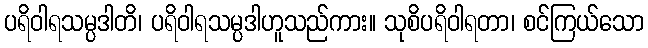
ပရိဝါရသမ္ပဒါတိ၊ ပရိဝါရသမ္ပဒါဟူသည်ကား။ သုစိပရိဝါရတာ၊ စင်ကြယ်သော